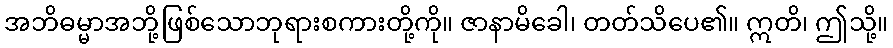
အဘိဓမ္မာအဘို့ဖြစ်သောဘုရားစကားတို့ကို။ ဇာနာမိခေါ၊ တတ်သိပေ၏။ ဣတိ၊ ဤသို့။